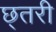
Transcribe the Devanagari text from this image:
छ्तरी